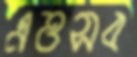
এত্তসব